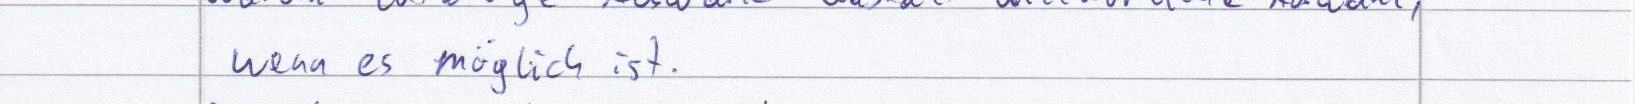
wenn es möglich ist.